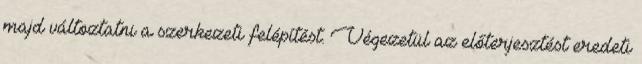
majd változtatni a szerkezeti felépítést. Végezetül az előterjesztést eredeti